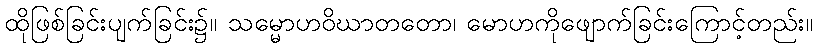
ထိုဖြစ်ခြင်းပျက်ခြင်း၌။ သမ္မောဟဝိဃာတတော၊ မောဟကိုဖျောက်ခြင်းကြောင့်တည်း။